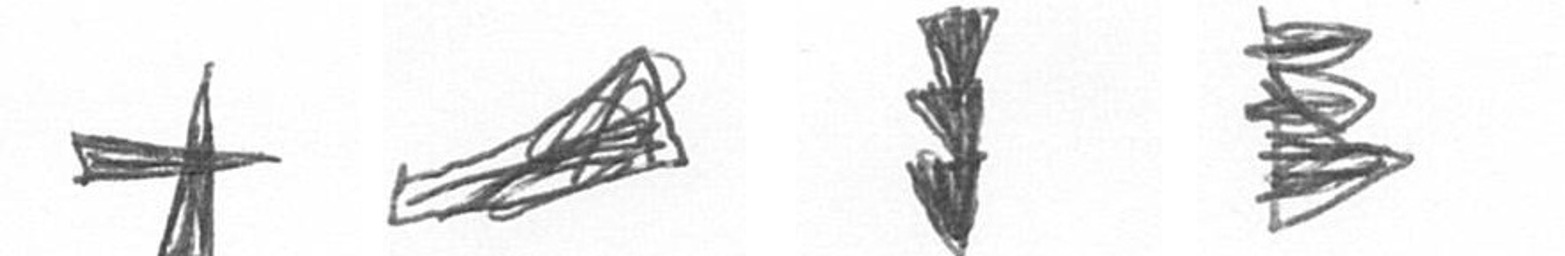
G O E H